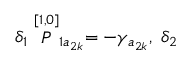
\delta _ { 1 } \stackrel { [ 1 , 0 ] } { \cal P } _ { 1 a _ { 2 k } } = - \gamma _ { a _ { 2 k } } , \; \delta _ { 2 }